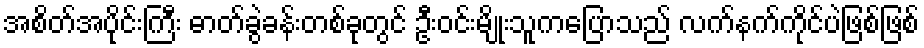
အစိတ်အပိုင်းကြီး ဓာတ်ခွဲခန်းတစ်ခုတွင် ဦးဝင်းမျိုးသူကပြောသည် လက်နက်ကိုင်ပဲဖြစ်ဖြစ်